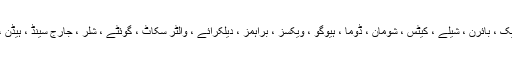
مغربی ادیبوں ، شاعروں اور فن کاروں میں ورڈزورتھ ، بلیک ، بائرن ، شیلے ، کیٹس ، شومان ، ڈوما ، ہیوگو ، ویکسز ، براہمز ، دیلکرائے ، والٹر سکاٹ ، گوئٹے ، شلر ، جارج سینڈ ، ہیڈن ، بیتھوون وغیرہ رومانیت کے نمائندے سمجھے جاتے ہیں۔